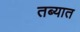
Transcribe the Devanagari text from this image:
तब्यात